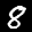
Label: 8